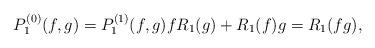
LaTeX: \begin{align*}P^{(0)}_1(f,g) = P^{(1)}_1(f,g) fR_1(g) + R_1(f)g = R_1(fg) ,\end{align*}